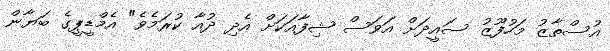
އުސްތާޒު މަހުފޫޒު ސައީދަށް އަވަސް ޝިފާއަކަށް އެދި ދުއާ ކުރަމެވެ" އެމްޑީޕީގެ ބަޔާން